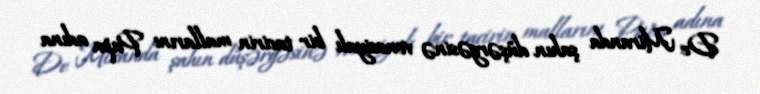
De Miranda şahın düşərgəsinə venesiyalı bir tacirin mallarını Papa adına